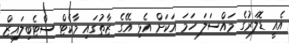
އެއީ ޑޮލަރުގެ މައްސަލަ ހަމަ އަކަށް އެޅި އޭގެ ޒާތުގައި މާކެޓް ސްޓެބިލައިޒް